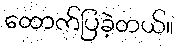
ထောက်ပြခဲ့တယ်။